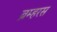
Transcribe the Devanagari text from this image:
ब्रम्हरस